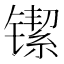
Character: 𬭴